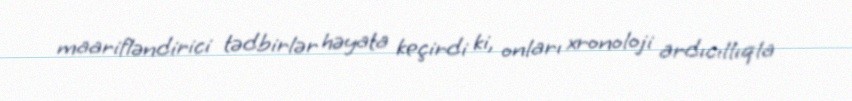
maarifləndirici tədbirlər həyata keçirdi ki, onları xronoloji ardıcıllıqla